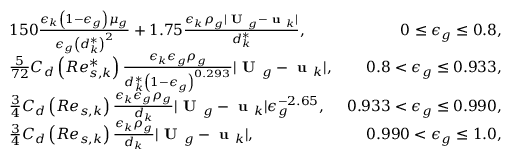
\begin{array} { r l r } & { 1 5 0 \frac { \epsilon _ { k } \left( 1 - \epsilon _ { g } \right) \mu _ { g } } { \epsilon _ { g } \left( d _ { k } ^ { * } \right) ^ { 2 } } + 1 . 7 5 \frac { \epsilon _ { k } \rho _ { g } | \textbf { U } _ { g } - \textbf { u } _ { k } | } { d _ { k } ^ { * } } , } & { 0 \le \epsilon _ { g } \le 0 . 8 , } \\ & { \frac { 5 } { 7 2 } C _ { d } \left( R e _ { s , k } ^ { * } \right) \frac { \epsilon _ { k } \epsilon _ { g } \rho _ { g } } { d _ { k } ^ { * } \left( 1 - \epsilon _ { g } \right) ^ { 0 . 2 9 3 } } | \textbf { U } _ { g } - \textbf { u } _ { k } | , } & { 0 . 8 < \epsilon _ { g } \le 0 . 9 3 3 , } \\ & { \frac { 3 } { 4 } C _ { d } \left( R e _ { s , k } \right) \frac { \epsilon _ { k } \epsilon _ { g } \rho _ { g } } { d _ { k } } | \textbf { U } _ { g } - \textbf { u } _ { k } | \epsilon _ { g } ^ { - 2 . 6 5 } , } & { 0 . 9 3 3 < \epsilon _ { g } \le 0 . 9 9 0 , } \\ & { \frac { 3 } { 4 } C _ { d } \left( R e _ { s , k } \right) \frac { \epsilon _ { k } \rho _ { g } } { d _ { k } } | \textbf { U } _ { g } - \textbf { u } _ { k } | , } & { 0 . 9 9 0 < \epsilon _ { g } \le 1 . 0 , } \end{array}